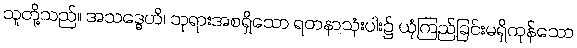
သူတို့သည်။ အသဒ္ဓေဟိ၊ ဘုရားအစရှိသော ရတနာသုံးပါး၌ ယုံကြည်ခြင်းမရှိကုန်သော